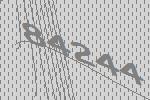
84244